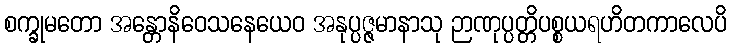
စက္ခုမတော အန္တောနိဝေသနေယေဝ အနုပ္ပဇ္ဇမာနာသု ဉာဏုပ္ပတ္တိပစ္စယရဟိတကာလေပိ